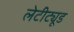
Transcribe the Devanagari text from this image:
लेटीट्यूड